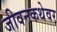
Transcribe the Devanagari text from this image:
जीवनकथेवर